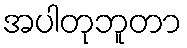
အပါတုဘူတာ